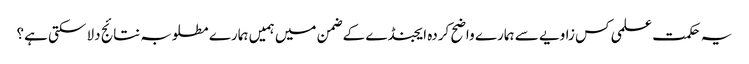
یہ حکمت علمی کس زاویے سے ہمارے واضح کردہ ایجنڈے کے ضمن میں ہمیں ہمارے مطلوبہ نتائج دلا سکتی ہے؟